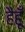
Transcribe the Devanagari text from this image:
हैहूँ